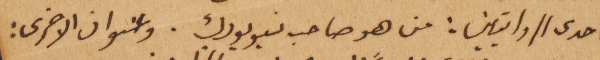
احدى الروايتين: من هو صاحب نيويورك. وعنوان الاخرى